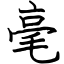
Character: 毫